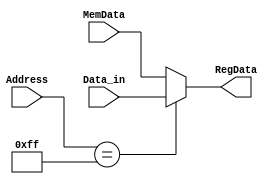
module parallel_in
(input [7:0] Data_in,
input [7:0] Address, MemData,
output reg [7:0] RegData);

always @ (*)
begin
	if(Address == 	8'hFF)
	RegData <= Data_in;
	else
	RegData <= MemData;
end	
		
		
endmodule